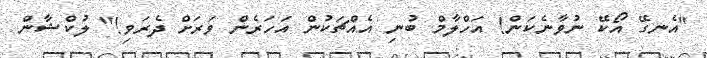
"އެނގޭ އޯކޭ ނުވާނެކަން! އަހްލާމް ބުނި އެއްޗަކުން އަހަރެން ވަރަށް ދެރަވި!" ލުކްޝާން